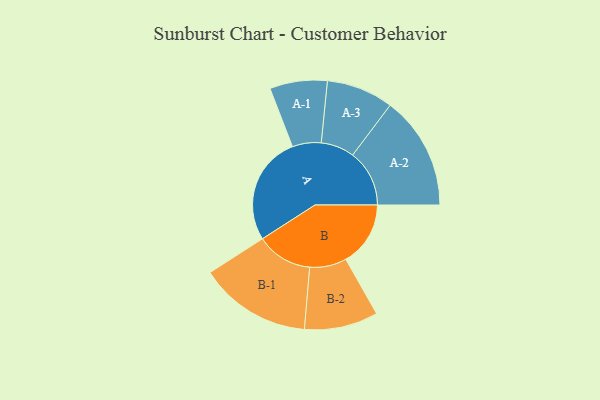
{"axis": {"x": "Segment", "y": "Value"}, "legend": ["", "A", "B"], "data": [{"x": "A", "y": 481, "type": ""}, {"x": "B", "y": 286, "type": ""}, {"x": "A-1", "y": 127, "type": "A"}, {"x": "A-2", "y": 251, "type": "A"}, {"x": "A-3", "y": 148, "type": "A"}, {"x": "B-1", "y": 248, "type": "B"}, {"x": "B-2", "y": 163, "type": "B"}]}